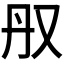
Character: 𫨳